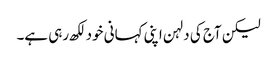
لیکن آج کی دلہن اپنی کہانی خود لکھ رہی ہے۔